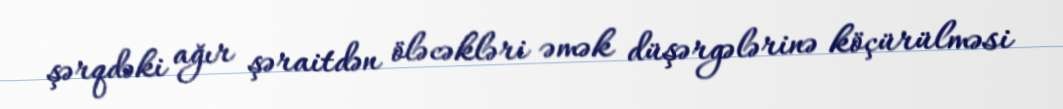
şərqdəki ağır şəraitdən öləcəkləri əmək düşərgələrinə köçürülməsi